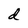
Character: d